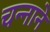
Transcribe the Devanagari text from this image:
चन्‍नाने